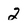
Character: 2